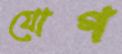
যোগ